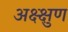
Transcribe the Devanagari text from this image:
अक्ष्क्षुण